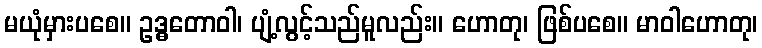
မယုံမှားပစေ။ ဥဒ္ဓတောဝါ၊ ပျံ့လွင့်သည်မူလည်း။ ဟောတု၊ ဖြစ်ပစေ။ မာဝါဟောတု၊